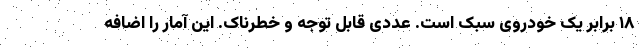
۱۸ برابر یک خودروی سبک است. عددی قابل توجه و خطرناک. این آمار را اضافه